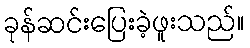
ခုန်ဆင်းပြေးခဲ့ဖူးသည်။